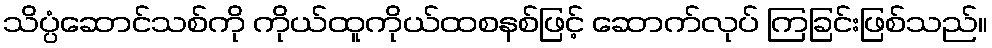
သိပ္ပံဆောင်သစ်ကို ကိုယ်ထူကိုယ်ထစနစ်ဖြင့် ဆောက်လုပ် ကြခြင်းဖြစ်သည်။